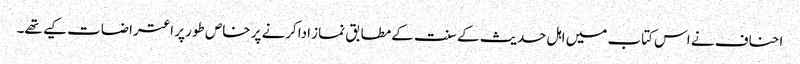
احناف نے اس کتاب میں اہل حدیث کے سنت کےمطابق نماز اداکرنے پر خاص طور پر اعتراضات کیے تھے۔